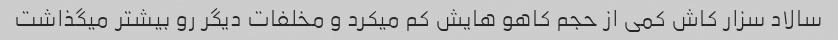
سالاد سزار کاش کمی از حجم کاهو هایش کم میکرد و مخلفات دیگر رو بیشتر میگذاشت